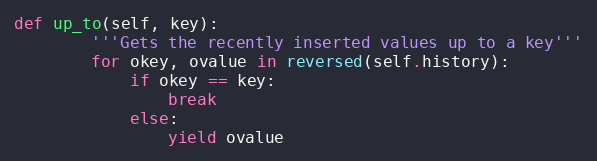
Language: Python
def up_to(self, key):
        '''Gets the recently inserted values up to a key'''
        for okey, ovalue in reversed(self.history):
            if okey == key:
                break
            else:
                yield ovalue